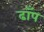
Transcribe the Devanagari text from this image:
ढाँप